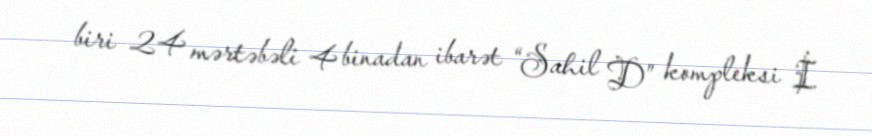
biri 24 mərtəbəli 4 binadan ibarət “Sahil D” kompleksi İ.